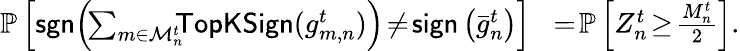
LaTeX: \begin{array}{rl}{\mathbb{P}\left[{\sf sgn}\! \left(\! \sum_{m\in\mathcal{M}_{n}^{t}}\! \! \! {\sf TopKSign}(g_{m,n}^{t})\right)\! \neq\! {\sf sign}\left({\bar{g}}_{n}^{t}\right)\right]}&{\! =\! \mathbb{P}\left[Z_{n}^{t}\! \geq\! \frac{M_{n}^{t}}{2}\right].}\end{array}